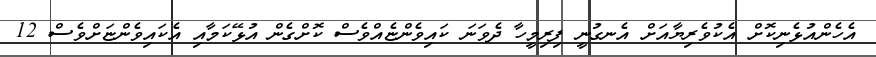
އެހެންއުޅެނިކޮށް އެކުވެރިޔާއަށް އެނގުނީ ފިރިމީހާ ދެވަނަ ކައިވެންޏެއްވެސް ކޮށްގެން އުޅޭކަމާއި އެކައިވެންޏަށްވެސް 12